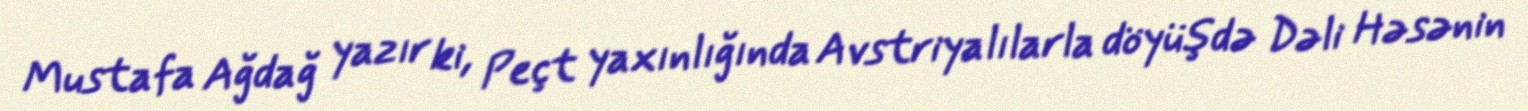
Mustafa Ağdağ yazır ki, Peçt yaxınlığında Avstriyalılarla döyüşdə Dəli Həsənin